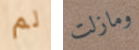
لم ومازلت